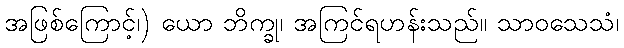
အဖြစ်ကြောင့်၊) ယော ဘိက္ခု၊ အကြင်ရဟန်းသည်။ သာဝသေသံ၊